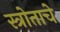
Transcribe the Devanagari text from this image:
स्त्रोताचे